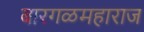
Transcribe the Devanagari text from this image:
बारगळमहाराज